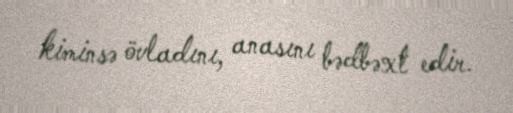
kiminsə övladını, anasını bədbəxt edir.